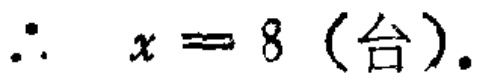
\(\therefore x = 8\)（台）.